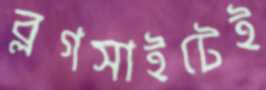
ব্লগসাইটেই